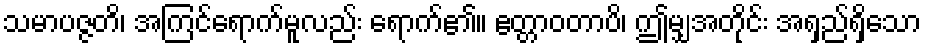
သမာပဇ္ဇတိ၊ အကြင်ရောက်မူလည်း ရောက်၏။ ဧတ္တာဝတာပိ၊ ဤမျှအတိုင်း အရှည်ရှိသော